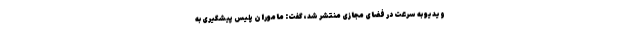
ویدیو به سرعت در فضای مجازی منتشر شد، گفت: ماموران پلیس پیشگیری به